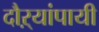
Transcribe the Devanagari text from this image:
दौऱ्यांपायी